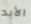
الأبد